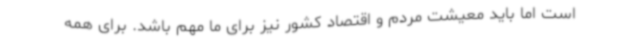
است اما باید معیشت مردم و اقتصاد کشور نیز برای ما مهم باشد. برای همه